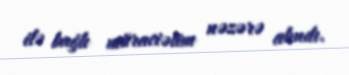
ilə bağlı müraciətim nəzərə alındı.